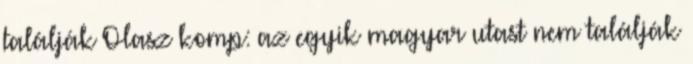
találják Olasz komp: az egyik magyar utast nem találják